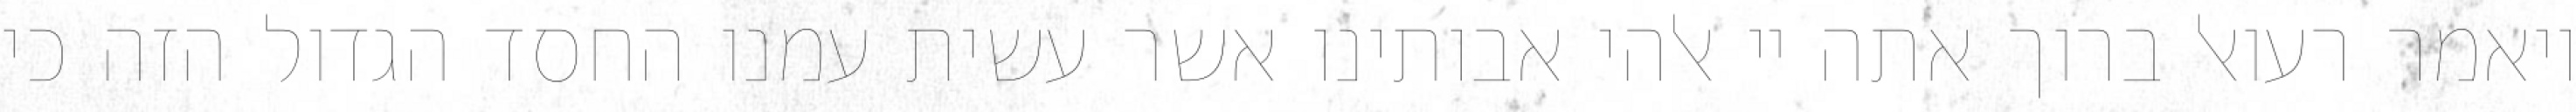
ויאמר רעואל ברוך אתה יי אלהי אבותינו אשר עשית עמנו החסד הגדול הזה כי